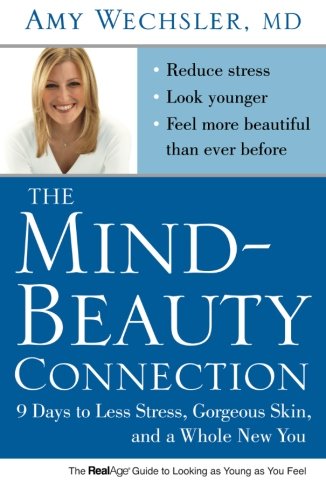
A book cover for The Mind-Beauty Connection: 9 Days to Less Stress, Gorgeous Skin, and a Whole New You.; Dr. Amy Wechsler; Health, Fitness & Dieting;